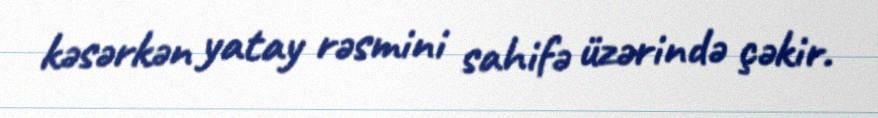
kəsərkən yatay rəsmini sahifə üzərində çəkir.